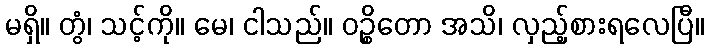
မရှိ။ တွံ၊ သင့်ကို။ မေ၊ ငါသည်။ ဝဉ္စိတော အသိ၊ လှည့်စားရလေပြီ။